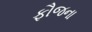
ફૌજના